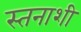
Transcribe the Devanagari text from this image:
स्तनाशी